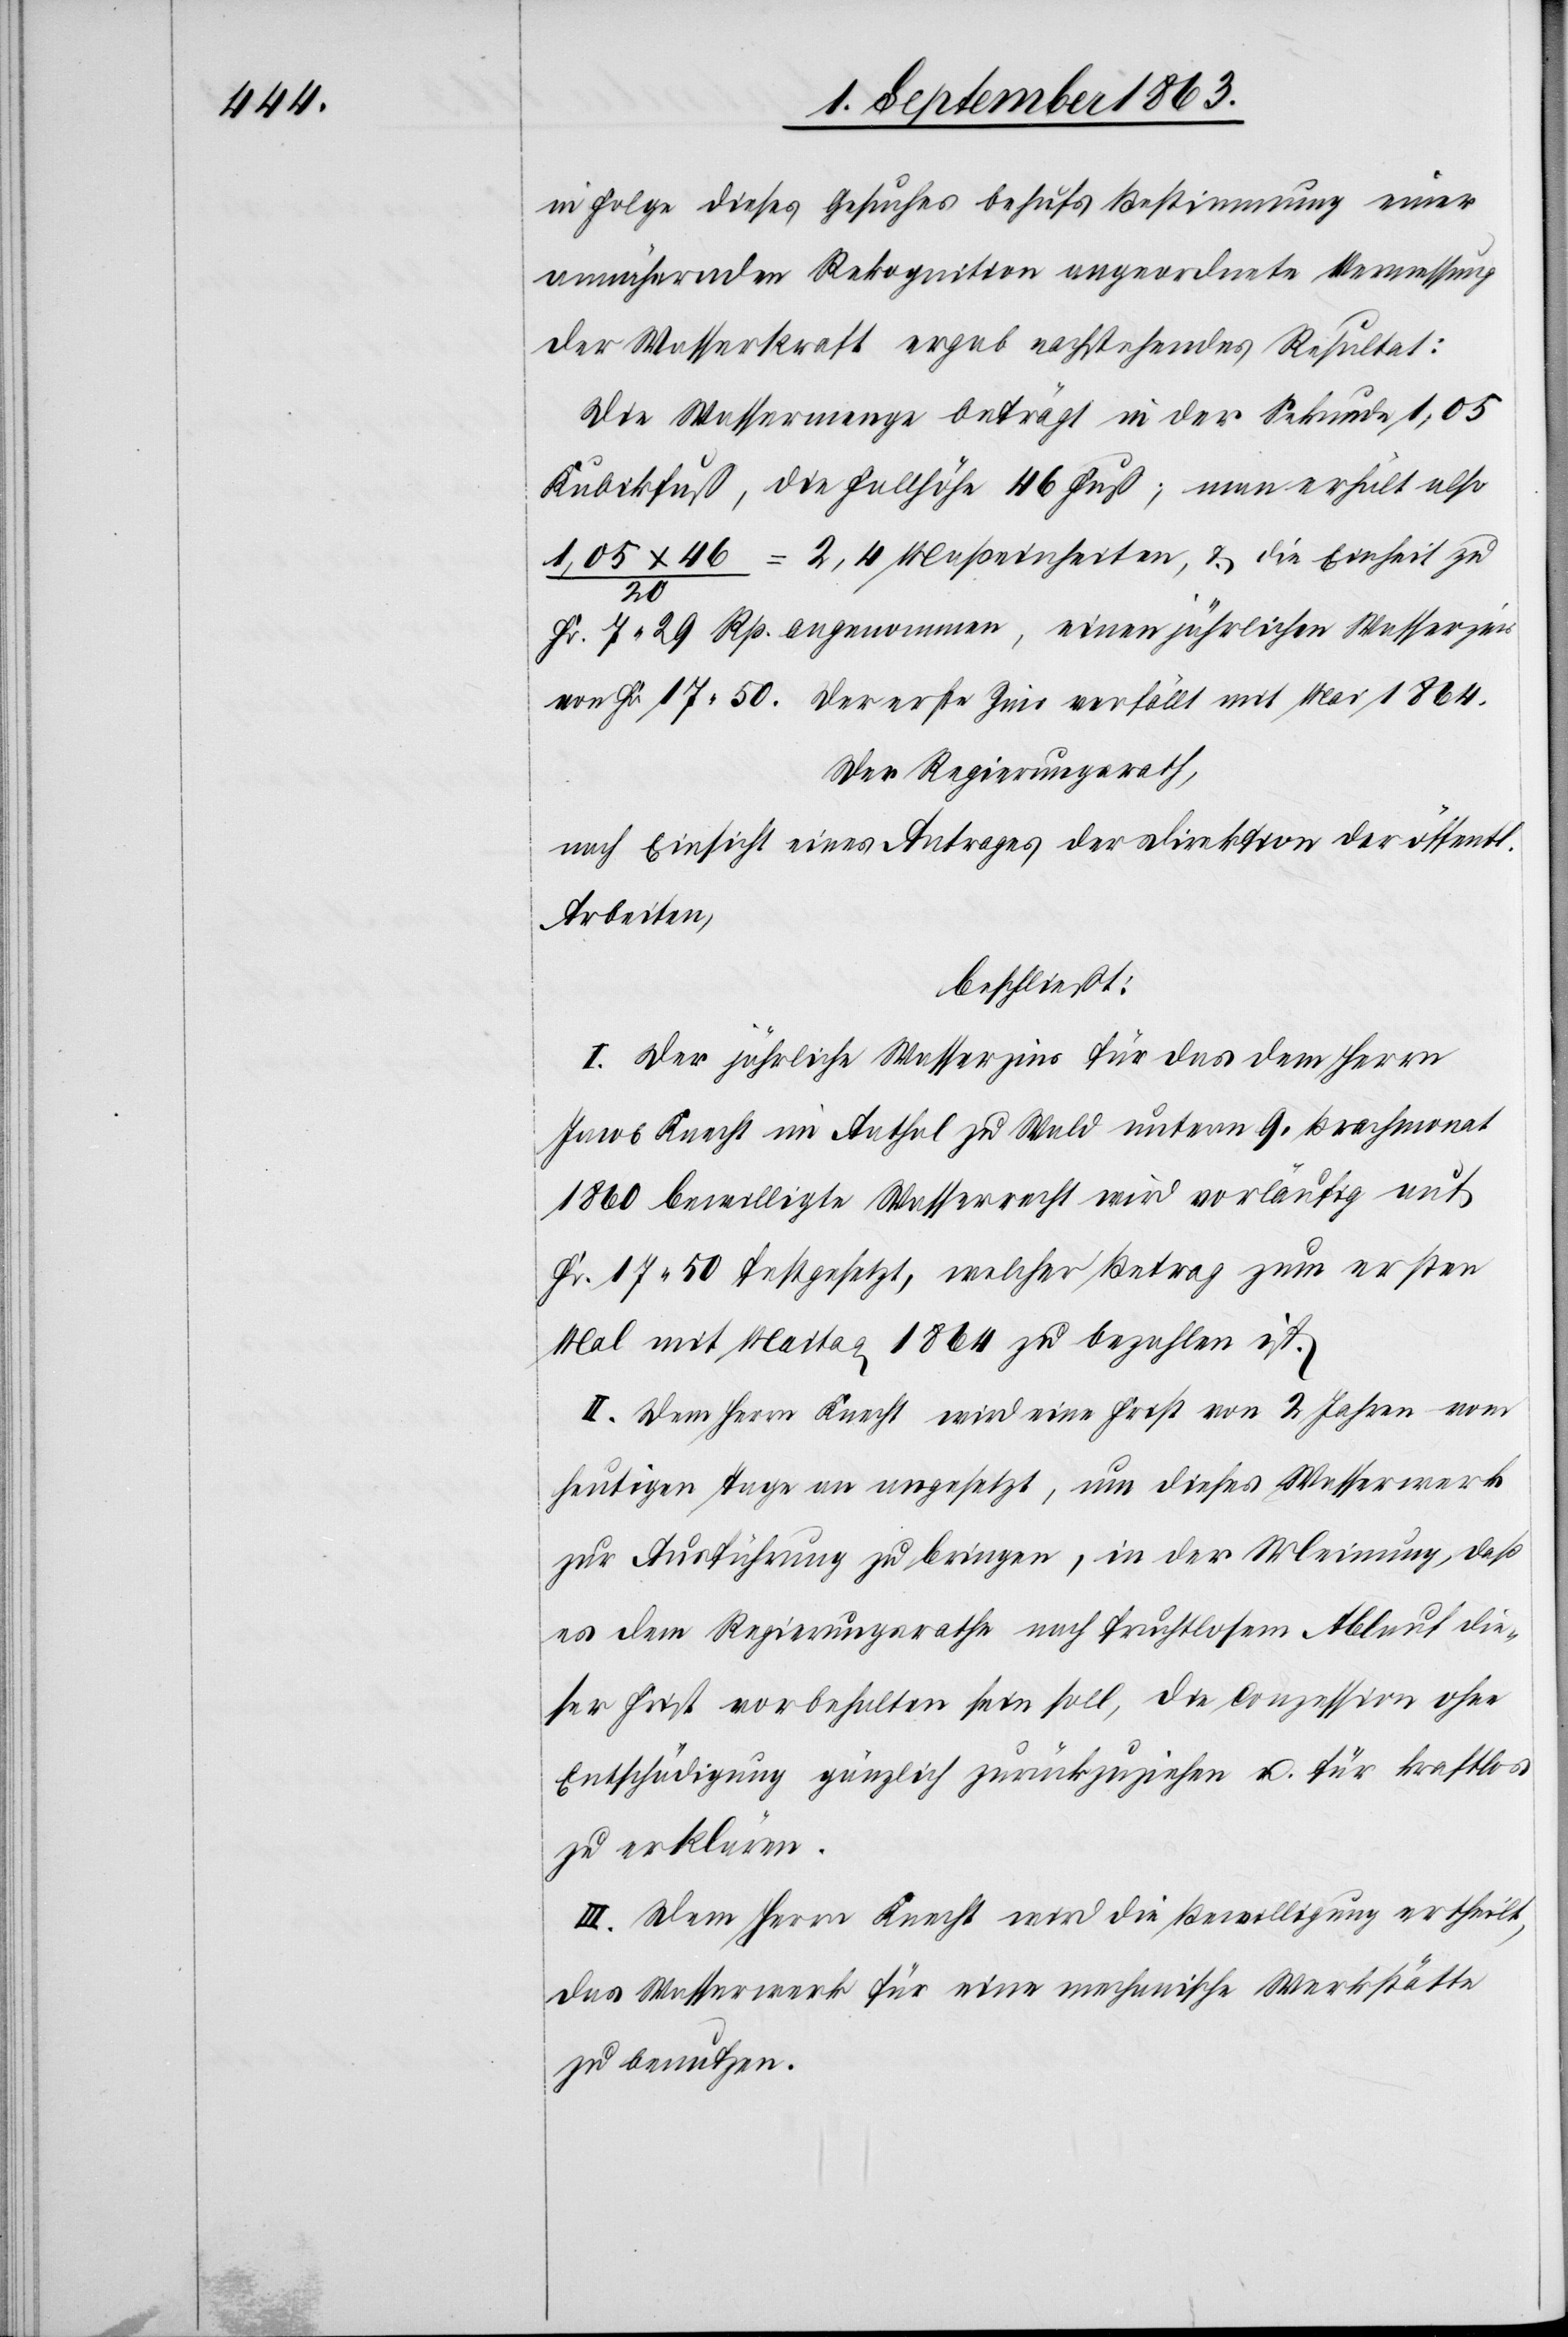
in Folge dieses Gesuches behufs Bestimmung einer
annähernden Rekognition angeordnete Vermessung
der Wasserkraft ergab nachstehendes Resultat:
Die Wassermenge beträgt in der Sekunde 1,05
Kubikfuß, die Fallhöhe 46 Fuß; man erhält also
1,05 x 46 / 20 = 2.4 Maßeinheiten, & die Einheit zu
Fr. 7. 29 Rp. angenommen, einen jährlichen Wasserzins
von Fr. 17. 50. Der erste Zins verfällt mit Mai 1864.
Der Regierungsrath,
nach Einsicht eines Antrages der Direktion der öffentl.
Arbeiten,
beschließt:
I. Der jährliche Wasserzins für das dem Herrn
Jacob Knecht im Aathal zu Wald unterm 9. Brachmonat
1860 bewilligte Wasserrecht wird vorläufig auf
Fr. 17. 50 festgesetzt, welcher Betrag zum ersten
Mal mit Maitag 1864 zu bezahlen ist.
II. Dem Herrn Knecht wird eine Frist von 2 Jahren vom
heutigen Tage an angesetzt, um dieses Wasserwerk
zur Ausführung zu bringen, in der Meinung, daß
es dem Regierungsrathe nach fruchtlosem Ablauf die¬
ser Frist vorbehalten sein soll, die Conzession ohne
Entschädigung gänzlich zurückzuziehen u. für kraftlos
zu erklären.
III. Dem Herrn Knecht wird die Bewilligung ertheilt,
das Wasserwerk für eine mechanische Werkstätte
zu benutzen.